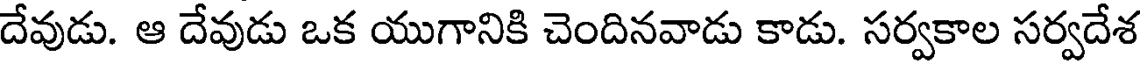
దేవుడు. ఆ దేవుడు ఒక యుగానికి చెందినవాడు కాడు. సర్వకాల సర్వదేశ